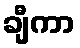
ချီကာ